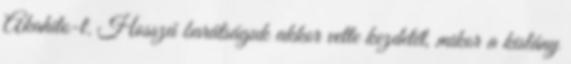
Akahito-t. Hosszú barátságuk akkor vette kezdetét, mikor a kislány